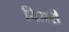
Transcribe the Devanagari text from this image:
विअरी